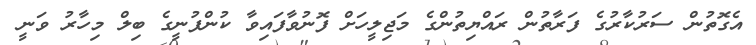
އެގޮތުން ސަރުކާރުގެ ފަރާތުން ރައްޔިތުންގެ މަޖިލީހަށް ފޮނުވާފައިވާ ކުންފުނީގެ ބިލް މިހާރު ވަނީ